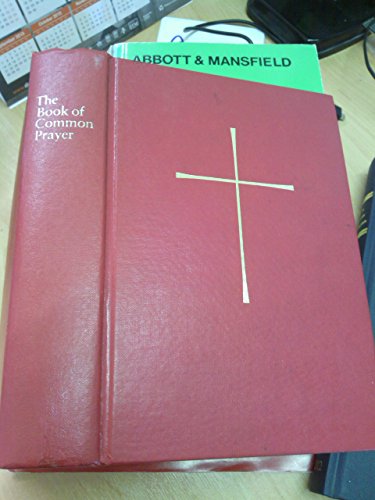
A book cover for The Book of Common Prayer (Red Cover); Charles Mortimer Guilbert; Christian Books & Bibles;